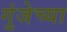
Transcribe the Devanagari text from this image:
गुंजेच्या